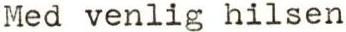
Med venlig hilsen